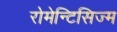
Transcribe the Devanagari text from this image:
रोमेन्टिसिज्म